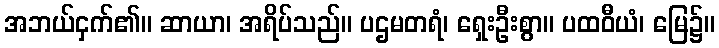
အဘယ်ငှက်၏။ ဆာယာ၊ အရိပ်သည်။ ပဌမတရံ၊ ရှေးဦးစွာ။ ပထဝီယံ၊ မြေ၌။